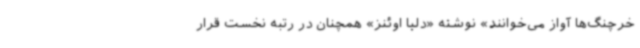
خرچنگ‌ها آواز می‌خوانند» نوشته «دلیا اوئنز» همچنان در رتبه نخست قرار